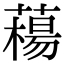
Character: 𦼴